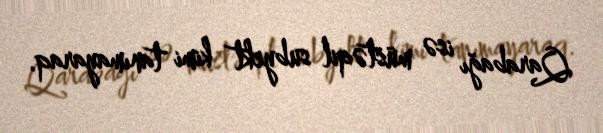
Qarabağı isə müstəqil subyekt kimi tanımayaraq.